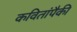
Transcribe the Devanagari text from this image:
कवितांपैकी